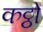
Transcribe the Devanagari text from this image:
कट्ठों